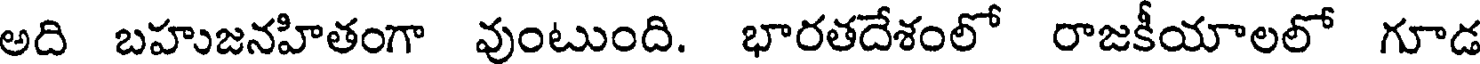
అది బహుజనహితంగా వుంటుంది. భారతదేశంలో రాజకీయాలలో గూడ